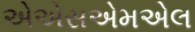
એએસએમએલ